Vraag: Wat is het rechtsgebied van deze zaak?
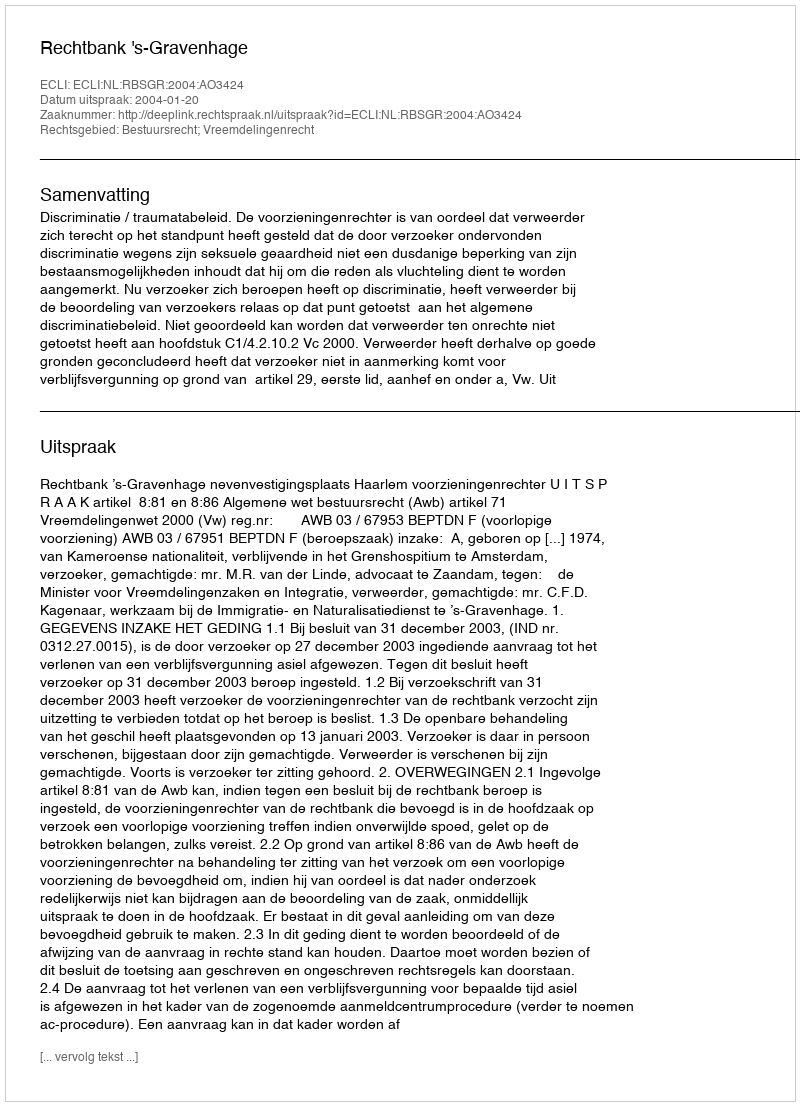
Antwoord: Bestuursrecht; Vreemdelingenrecht